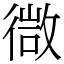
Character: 㣲